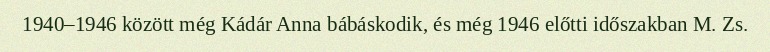
1940–1946 között még Kádár Anna bábáskodik, és még 1946 előtti időszakban M. Zs.